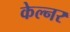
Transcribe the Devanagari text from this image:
केल्नर